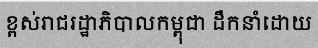
ខ្ពស់រាជរដ្ឋាភិបាលកម្ពុជា ដឹកនាំដោយ